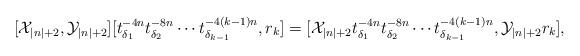
LaTeX: \begin{align*}[\mathcal{X}_{|n|+2},\mathcal{Y}_{|n|+2}] [t_{\delta_1}^{-4n} t_{\delta_2}^{-8n} \cdots t_{\delta_{k-1}}^{-4(k-1)n}, r_k] = [\mathcal{X}_{|n|+2} t_{\delta_1}^{-4n} t_{\delta_2}^{-8n} \cdots t_{\delta_{k-1}}^{-4(k-1)n}, \mathcal{Y}_{|n|+2} r_k], \end{align*}